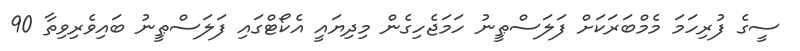
ސީގެ ފުރިހަމަ މެމްބަރަކަށް ފަލަސްޠީނު ހަމަޖެހިގެން މިދިޔައީ އެކޯޓްގައި ފަލަސްޠީނު ބައިވެރިވިތާ 90